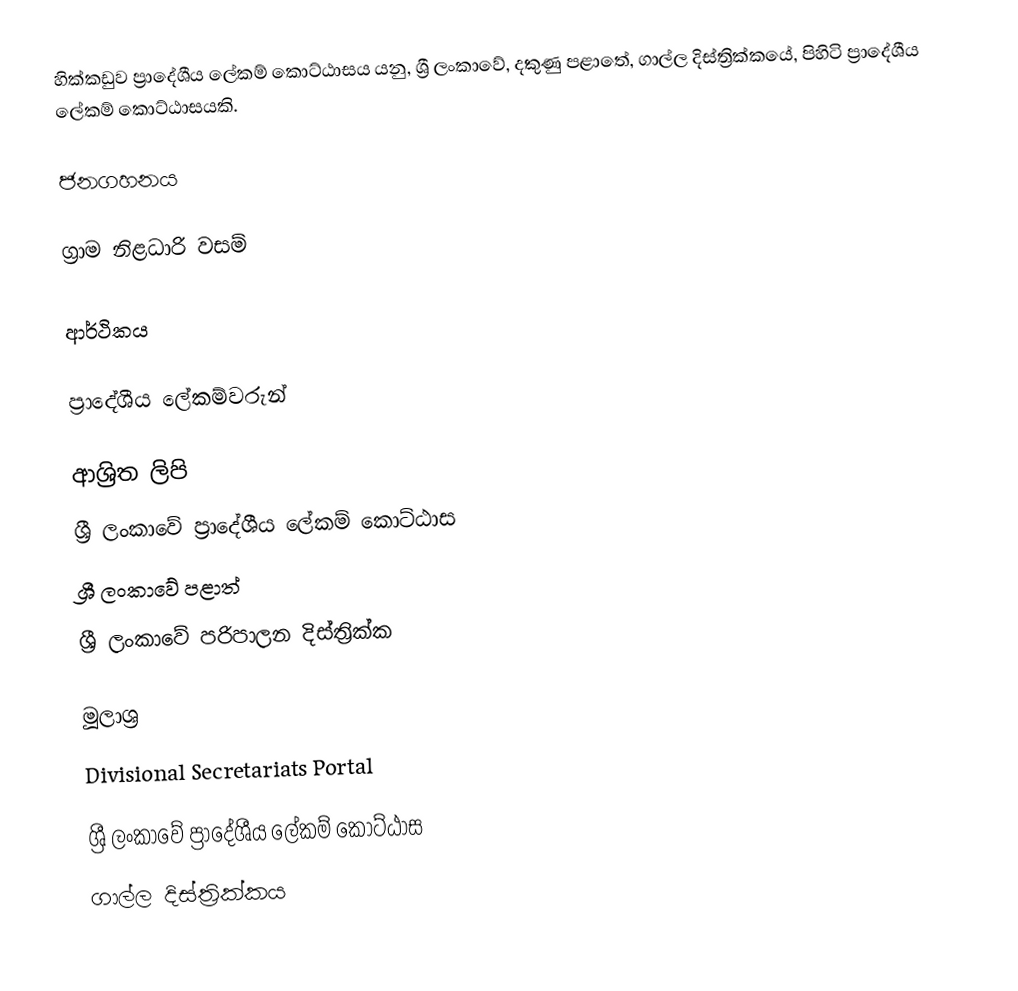
හික්කඩුව ප්‍රාදේශීය ලේකම් කොට්ඨාසය යනු,  ශ්‍රී ලංකාවේ, දකුණු පළාතේ,   ගාල්ල දිස්ත්‍රික්කයේ, පිහිටි ප්‍රාදේශීය ලේකම් කොට්ඨාසයකි.

ජනගහනය

ග්‍රාම නිළධාරි වසම්

ආර්ථිකය

ප්‍රාදේශීය ලේකම්වරුන්

ආශ්‍රිත ලිපි
ශ්‍රී ලංකාවේ ප්‍රාදේශීය ලේකම් කොට්ඨාස
ශ්‍රී ලංකාවේ පළාත්
ශ්‍රී ලංකාවේ පරිපාලන දිස්ත්‍රික්ක

මූලාශ්‍ර
 Divisional Secretariats Portal

ශ්‍රී ලංකාවේ ප්‍රාදේශීය ලේකම් කොට්ඨාස
ගාල්ල දිස්ත්‍රික්කය